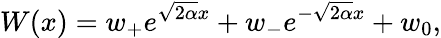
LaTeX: W(x)=w_{+}e^{\sqrt{2\alpha}x}+w_{-}e^{-\sqrt{2\alpha}x}+w_{0},